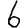
Digit: 6